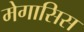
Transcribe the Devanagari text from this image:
मेगासिस